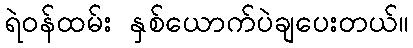
ရဲဝန်ထမ်း နှစ်ယောက်ပဲချပေးတယ်။